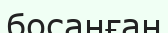
босанған